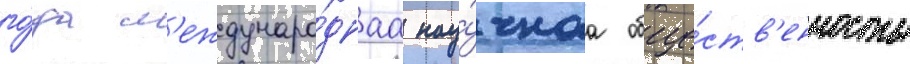
го́да м'еждунаро́днаа нау́чнаа обще́ств'енность